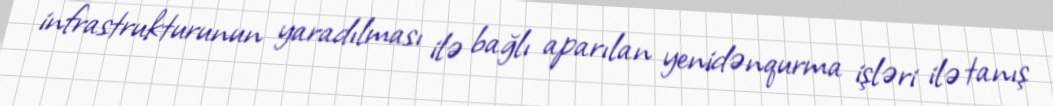
infrastrukturunun yaradılması ilə bağlı aparılan yenidənqurma işləri ilə tanış